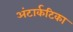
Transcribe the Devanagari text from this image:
अंटार्कटिका